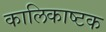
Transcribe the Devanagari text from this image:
कालिकाष्टक